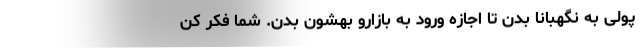
پولی به نگهبانا بدن تا اجازه ورود به بازارو بهشون بدن. شما فکر کن